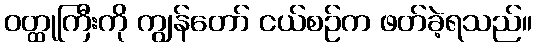
ဝတ္ထုကြီးကို ကျွန်တော် ငယ်စဉ်က ဖတ်ခဲ့ရသည်။